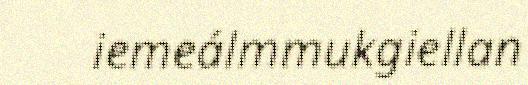
iemeálmmukgiellan